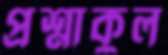
প্রশ্নাকুল